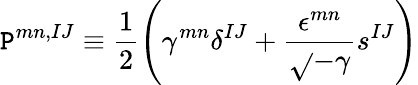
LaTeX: \mathtt{P}^{mn,IJ}\equiv\frac{{1}}{{2}}\left(\gamma^{mn}\delta^{IJ}+\frac{{\epsilon^{mn}}}{{\sqrt{}{{-\gamma}}}}s^{IJ}\right)